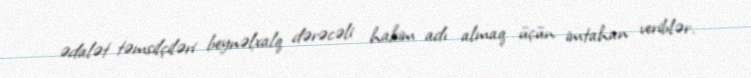
ədalət təmsilçiləri beynəlxalq dərəcəli hakim adı almaq üçün imtahan veriblər.